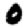
Digit: 0